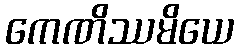
ကေဏိဿမိယေ